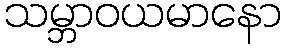
သမ္ဘာဝယမာနော